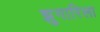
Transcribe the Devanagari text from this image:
झुगारिला